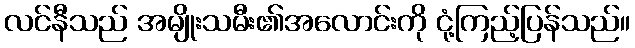
လင်နီသည် အမျိုးသမီး၏အလောင်းကို ငုံ့ကြည့်ပြန်သည်။